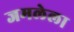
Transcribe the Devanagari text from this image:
जमलेला